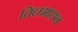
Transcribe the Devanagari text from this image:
तिलमाधव